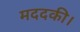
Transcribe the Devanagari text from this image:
मददकी।